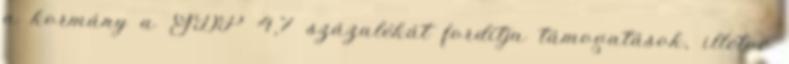
a kormány a GDP 4,7 százalékát fordítja támogatások, illetve